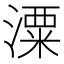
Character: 潥